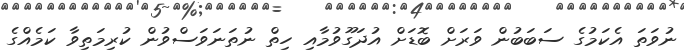
ނުވަތަ އެކަމުގެ ސަބަބުން ވަރަށް ބޮޑަށް އުދަގޫވުމާއި ހިތް ނުތަނަވަސްވުން ކުރިމަތިވާ ކަމެއްގެ